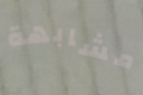
مشابهة